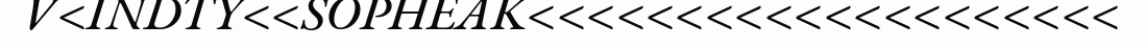
V<INDTY<<SOPHEAK<<<<<<<<<<<<<<<<<<<<